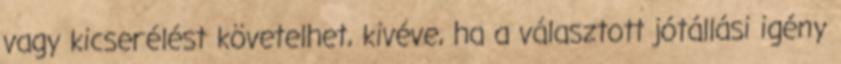
vagy kicserélést követelhet, kivéve, ha a választott jótállási igény